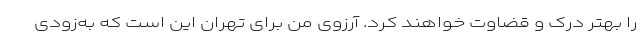
را بهتر درک و قضاوت خواهند کرد. آرزوی من برای تهران این است که به‌زودی